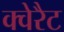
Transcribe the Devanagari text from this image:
क्वेरैट